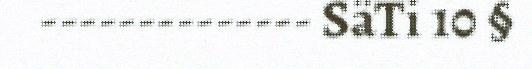
-------------- SäTi 10 §